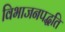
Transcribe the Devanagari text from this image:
विभाजनपद्धति